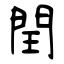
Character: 閏